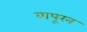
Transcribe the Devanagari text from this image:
वापूरन